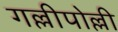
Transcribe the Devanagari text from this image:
गल्लीपोल्ली